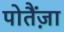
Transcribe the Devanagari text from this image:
पोतैंज़ा